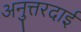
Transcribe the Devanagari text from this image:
अनुत्तरदाई